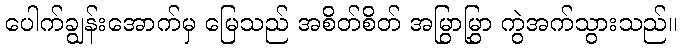
ပေါက်ချွန်းအောက်မှ မြေသည် အစိတ်စိတ် အမြွာမြွှာ ကွဲအက်သွားသည်။